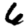
Digit: 6